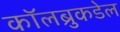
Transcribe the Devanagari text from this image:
कॉलब्रुकडेल